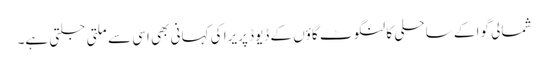
شمالی گوا کے ساحلی کالنگوٹ گاؤں کے ڈیوڈ پریرا کی کہانی بھی اسی سے ملتی جلتی ہے۔